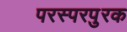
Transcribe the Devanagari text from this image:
परस्परपुरक